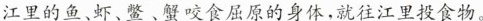
江里的鱼、虾、鳖﹑蟹咬食屈原的身体，就往江里投食物。